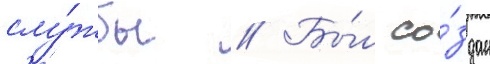
слу́жбы // Бы́л со́здан